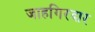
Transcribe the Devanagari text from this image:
जाहगिरदार